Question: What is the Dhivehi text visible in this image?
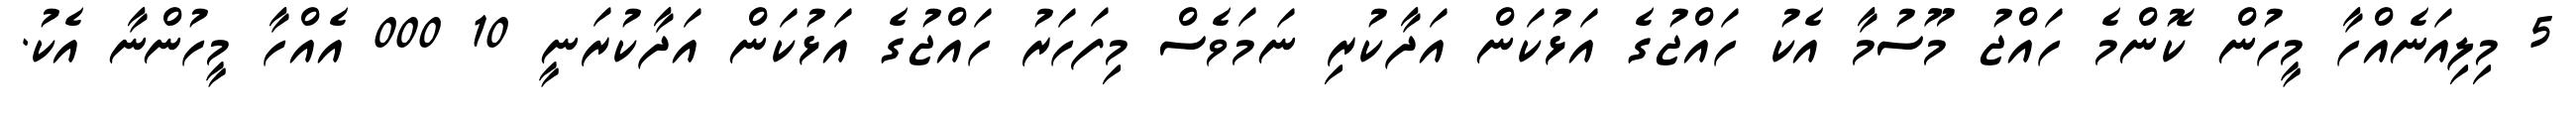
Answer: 5 މިލިއަނެއްހާ މީހުން ކޮންމެ ހައްޖު މޫސުމާ އެކު ހައްޖުގެ އަޅުކަން އަދާކުރި ނަމަވެސް މިފަހަރު ހައްޖުގެ އަޅުކަން އަދާކުރަނީ 10 000 އެއްހާ މީހުންނާ އެކު.